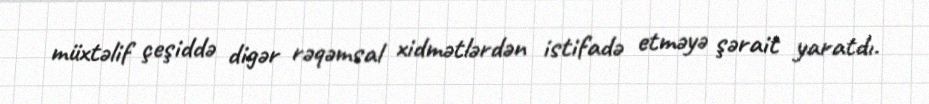
müxtəlif çeşiddə digər rəqəmsal xidmətlərdən istifadə etməyə şərait yaratdı.